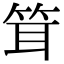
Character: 䇯